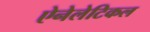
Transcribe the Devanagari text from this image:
ऐनेलेटिकल